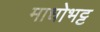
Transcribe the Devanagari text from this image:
माधोभट्ट